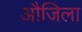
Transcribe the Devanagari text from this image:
औजिला